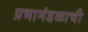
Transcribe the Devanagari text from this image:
प्रभामंडळाची